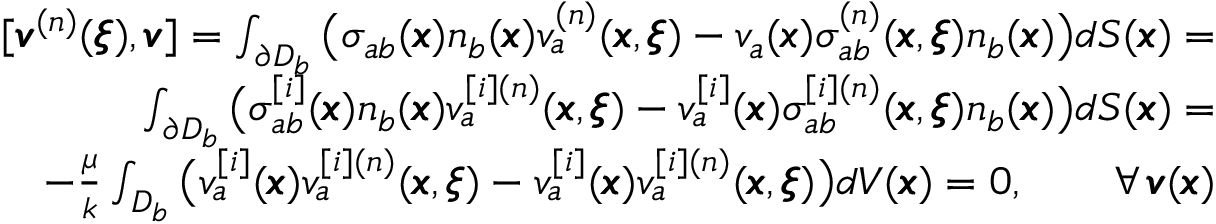
\begin{array} { r l r } & { } & { [ { \pmb v } ^ { ( n ) } ( { \pmb \xi } ) , { \pmb v } ] = \int _ { \partial D _ { b } } \big ( \sigma _ { a b } ( { \pmb x } ) n _ { b } ( { \pmb x } ) v _ { a } ^ { ( n ) } ( { \pmb x } , { \pmb \xi } ) - v _ { a } ( { \pmb x } ) \sigma _ { a b } ^ { ( n ) } ( { \pmb x } , { \pmb \xi } ) n _ { b } ( { \pmb x } ) \big ) d S ( { \pmb x } ) = } \\ & { } & { \int _ { \partial D _ { b } } \big ( \sigma _ { a b } ^ { [ i ] } ( { \pmb x } ) n _ { b } ( { \pmb x } ) v _ { a } ^ { [ i ] ( n ) } ( { \pmb x } , { \pmb \xi } ) - v _ { a } ^ { [ i ] } ( { \pmb x } ) \sigma _ { a b } ^ { [ i ] ( n ) } ( { \pmb x } , { \pmb \xi } ) n _ { b } ( { \pmb x } ) \big ) d S ( { \pmb x } ) = } \\ & { } & { - \frac { \mu } { k } \int _ { D _ { b } } \big ( v _ { a } ^ { [ i ] } ( { \pmb x } ) v _ { a } ^ { [ i ] ( n ) } ( { \pmb x } , { \pmb \xi } ) - v _ { a } ^ { [ i ] } ( { \pmb x } ) v _ { a } ^ { [ i ] ( n ) } ( { \pmb x } , { \pmb \xi } ) \big ) d V ( { \pmb x } ) = 0 , \qquad { \forall \, { \pmb v } ( { \pmb x } ) } } \end{array}